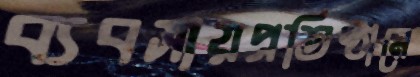
ব্যবসায়প্রতিষ্ঠানে